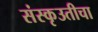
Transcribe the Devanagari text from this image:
संस्कृउतीचा